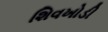
શિવખોડી